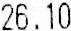
26.10